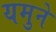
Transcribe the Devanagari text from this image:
यमुने